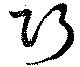
巧